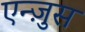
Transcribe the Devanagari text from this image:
एन्ज़ुस